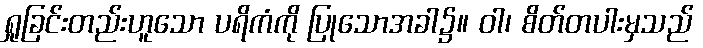
ရှုခြင်းတည်းဟူသော ပရိကံကို ပြုသောအခါ၌။ ဝါ၊ စိတ်တပါးမှသည်